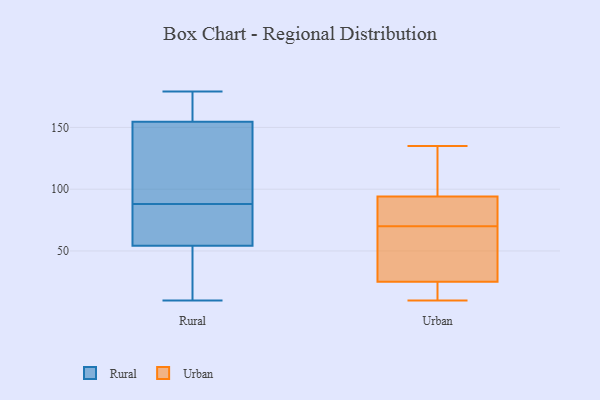
{"axis": {"x": "Tickets Resolved", "y": "Value"}, "legend": ["Rural", "Urban"], "data": [{"x": "", "y": 56, "type": "Rural"}, {"x": "", "y": 160, "type": "Rural"}, {"x": "", "y": 70, "type": "Rural"}, {"x": "", "y": 170, "type": "Rural"}, {"x": "", "y": 97, "type": "Rural"}, {"x": "", "y": 117, "type": "Rural"}, {"x": "", "y": 53, "type": "Rural"}, {"x": "", "y": 179, "type": "Rural"}, {"x": "", "y": 88, "type": "Rural"}, {"x": "", "y": 34, "type": "Rural"}, {"x": "", "y": 162, "type": "Rural"}, {"x": "", "y": 55, "type": "Rural"}, {"x": "", "y": 10, "type": "Rural"}, {"x": "", "y": 138, "type": "Rural"}, {"x": "", "y": 54, "type": "Rural"}, {"x": "", "y": 25, "type": "Urban"}, {"x": "", "y": 21, "type": "Urban"}, {"x": "", "y": 25, "type": "Urban"}, {"x": "", "y": 91, "type": "Urban"}, {"x": "", "y": 135, "type": "Urban"}, {"x": "", "y": 95, "type": "Urban"}, {"x": "", "y": 44, "type": "Urban"}, {"x": "", "y": 70, "type": "Urban"}, {"x": "", "y": 83, "type": "Urban"}, {"x": "", "y": 105, "type": "Urban"}, {"x": "", "y": 10, "type": "Urban"}]}